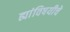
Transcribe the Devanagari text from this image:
ह्यांविषयीचे